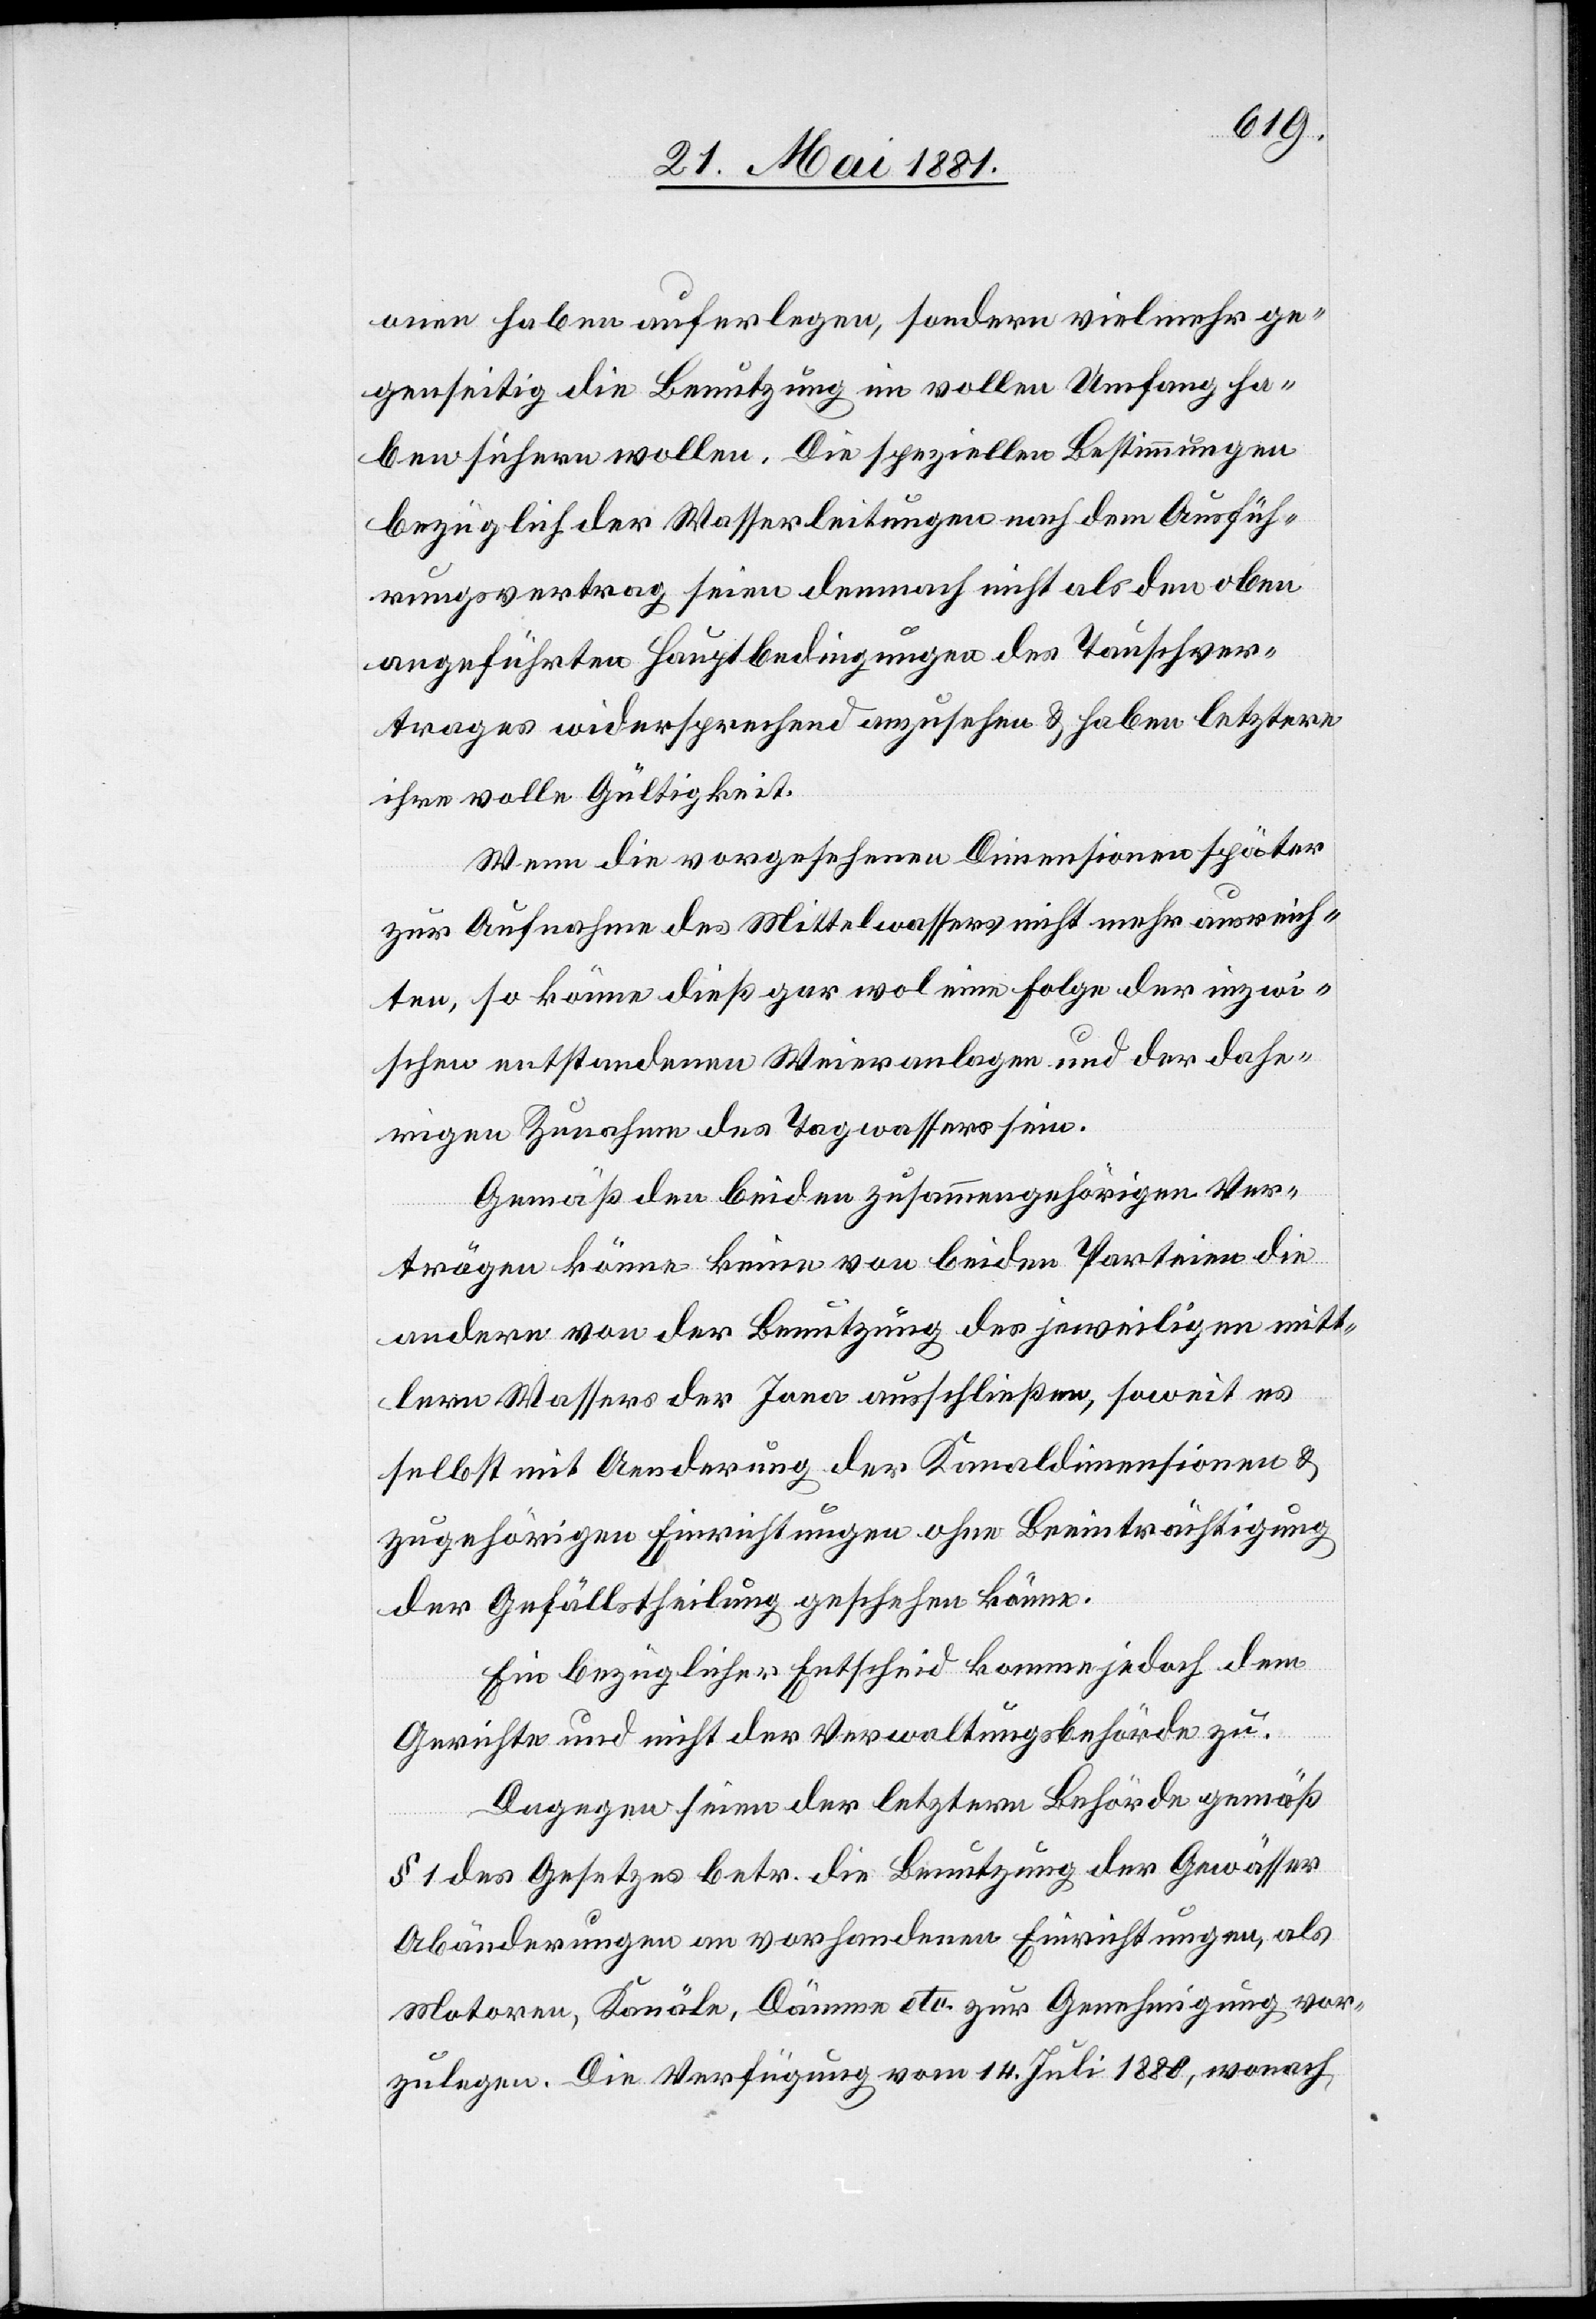
onen haben auferlegen, sondern vielmehr ge¬
genseitig die Benutzung im vollen Umfang ha¬
ben sichern wollen. Die speziellen Bestimmungen
bezüglich der Wasserleitungen nach dem Ausfüh¬
rungsvertrag seien demnach nicht als den oben
angeführten Hauptbedingungen des Tauschver¬
trages widersprechend anzusehen & haben letztere
ihre volle Gültigkeit.
Wenn die vorgesehenen Dimensionen später
zur Aufnahme des Mittelwassers nicht mehr ausreich¬
ten, so könne dieß gar wol eine Folge der inzwi¬
schen entstandenen Weieranlage und der dahe¬
rigen Zunahme des Tagwassers sein.
Gemäß den beiden zusammengehörigen Ver¬
trägen könne keine von beiden Parteien die
andern von der Benutzung des jeweiligen mitt¬
lern Wassers der Jona ausschließen, soweit es
selbst mit Aenderung der Kanaldimensionen
zugehörigen Einrichtungen ohne Beeinträchtigung
der Gefällstheilung geschehen könne.
Ein bezüglicher Entscheid komme jedoch dem
Gerichte und nicht der Verwaltungsbehörde zu.
Dagegen seien der letztern Behörde gemäß
§ 1 des Gesetzes betr. die Benutzung der Gewässer
Abänderungen an vorhandenen Einrichtungen, als
Motoren, Kanäle, Dämme etc. zur Genehmigung vor¬
zulegen. Die Verfügung vom 14. Juli 1880, wonach